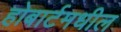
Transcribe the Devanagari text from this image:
होबार्टमधील